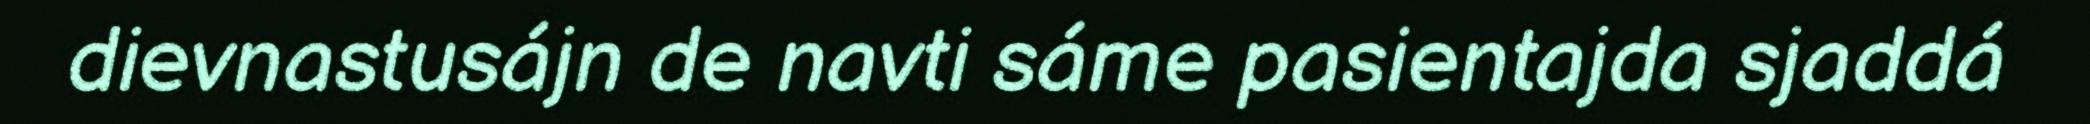
dievnastusájn de navti sáme pasientajda sjaddá